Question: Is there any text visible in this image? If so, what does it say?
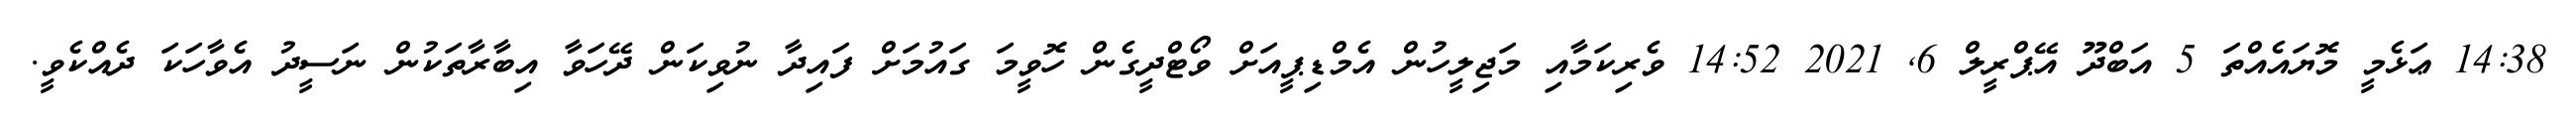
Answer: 14:38 ޢަޅެމީ މޮޔައެއްތަ 5 އަބްދޫ އޭޕްރީލް 6, 2021 14:52 ވެރިކަމާއި މަޖިލީހުން އެމްޑިޕީއަށް ވޯޓްދީގެން ހޮވީމަ ގައުމަށް ފައިދާ ނުވިކަން ދޭހަވާ އިބާރާތަކުން ނަސީދު އެވާހަކަ ދެއްކެވީ.